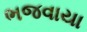
ભજવાયા